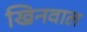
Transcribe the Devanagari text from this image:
खिनवाल